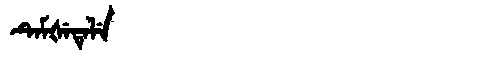
Manchu: ᡨᡝᠮᡧᡝᡨᡝᠯᡝ
Romanization: TEMŠETELE